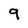
Character: 9